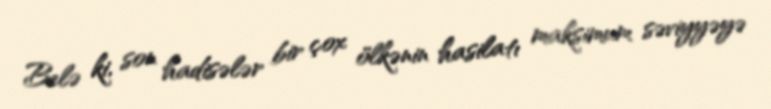
Belə ki, son hadisələr bir çox ölkənin hasilatı maksimum səviyyəyə